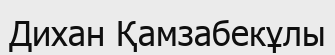
Дихан Қамзабекұлы